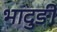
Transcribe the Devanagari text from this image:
भादुङी